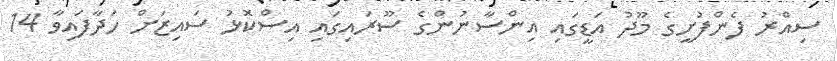
ސިއްރު ފެންފުށީގެ މޫދު އަޑީގައި އިންސާނުންގެ ސޫރައިގައި އިސްކޮޅު ސައިޒަށް ހަދާފައިވާ 14